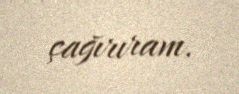
çağırıram.